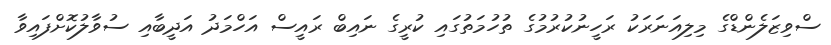
ސްވިޒަލެންޑްގެ މިލިއަނަރަކު ރަހީނުކުރުމުގެ ތުހުމަތުގައި ކުރީގެ ނައިބް ރައީސް އަހްމަދު އަދީބާއި ސުވާލުކޮށްފައިވާ